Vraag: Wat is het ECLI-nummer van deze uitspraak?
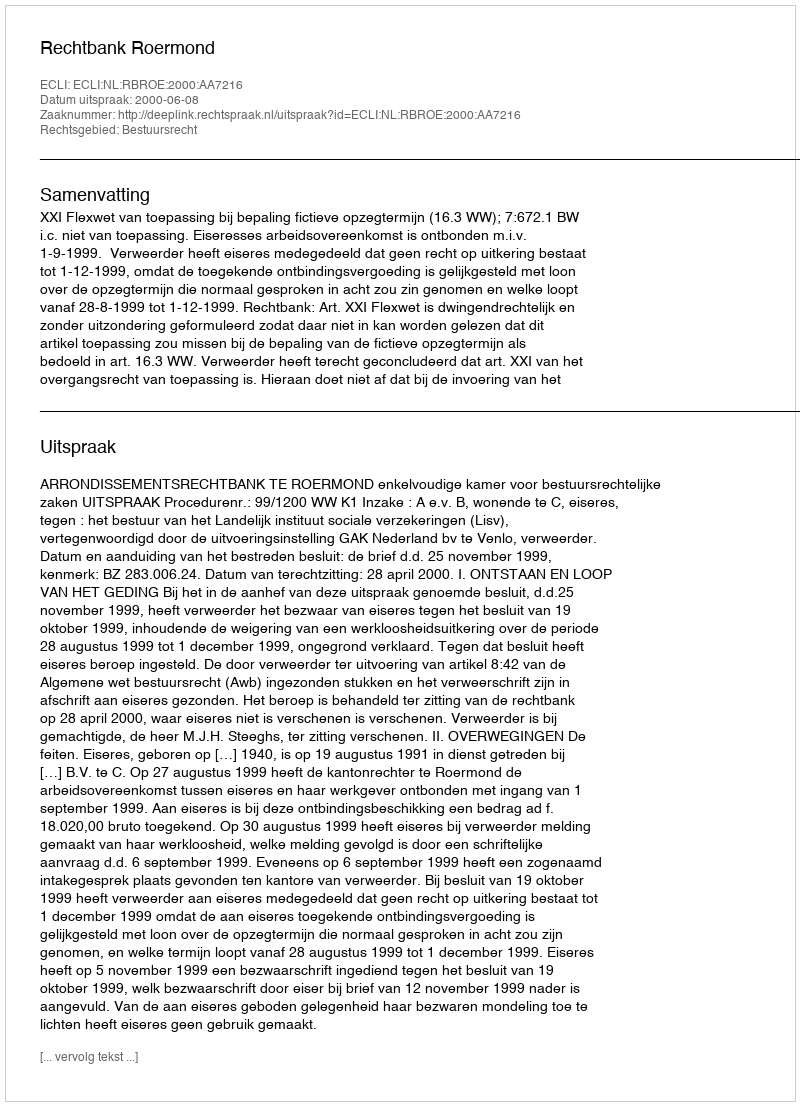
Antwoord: ECLI:NL:RBROE:2000:AA7216